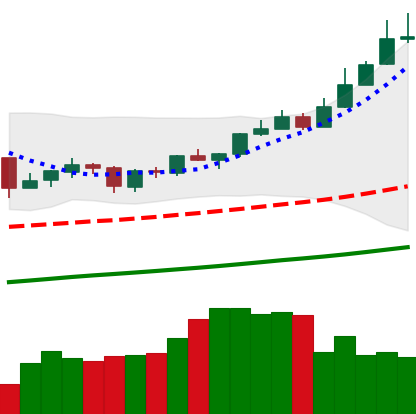
Ticker: XMR-USD
Chart end date: 2019-06-23
Forward return: -11.717%
Label: down_7plus